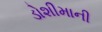
ડોશીમાની